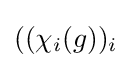
((\chi _{i}(g))_{i}